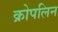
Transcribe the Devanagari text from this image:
क्रोपलिन